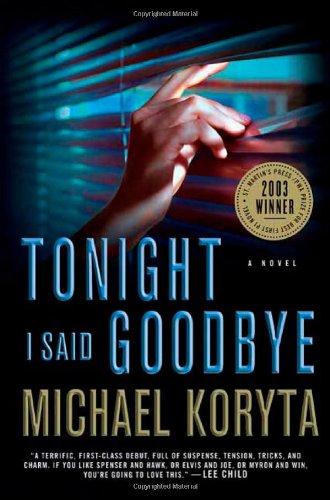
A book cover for Tonight I Said Goodbye (Lincoln Perry); Michael Koryta; Mystery, Thriller & Suspense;